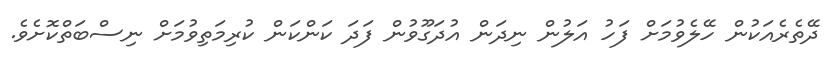
ދޭތެރެއަކުން ހޭލެވުމަށް ފަހު އަލުން ނިދަން އުދަގޫވުން ފަދަ ކަންކަން ކުރިމަތިވުމަށް ނިސްބަތްކޮށެވެ.